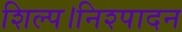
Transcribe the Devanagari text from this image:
शिल्प।निश्पादन